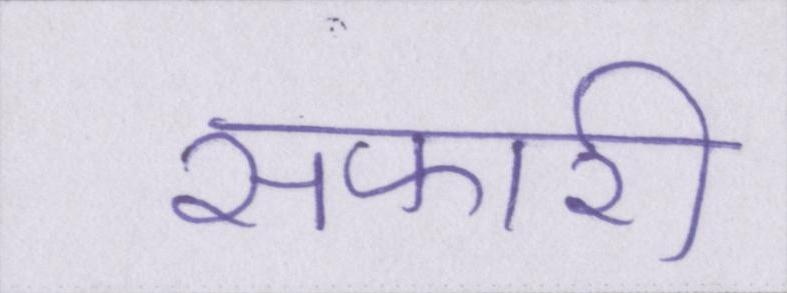
सफारी